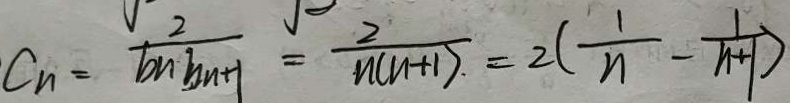
C _ { n } = \frac { 2 } { b n \cdot b n + 1 } = \frac { 2 } { n ( n + 1 ) } = 2 ( \frac { 1 } { n } - \frac { 1 } { n + 1 } )